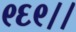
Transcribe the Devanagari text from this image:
९६९।।